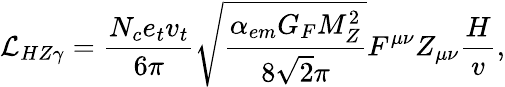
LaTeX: {\cal L}_{HZ\gamma}=\frac{N_{c}e_{t}v_{t}}{6\pi}\sqrt{\frac{\alpha_{em}G_{F}M_{Z}^{2}}{8\sqrt 2\pi}}F^{\mu\nu}Z_{\mu\nu}\frac{H}{v},